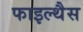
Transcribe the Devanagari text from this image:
फाइल्थैस